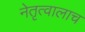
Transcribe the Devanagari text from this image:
नेतृत्वालाच